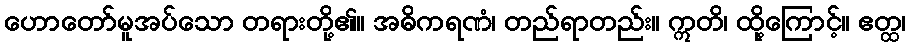
ဟောတော်မူအပ်သော တရားတို့၏။ အဓိကရဏံ၊ တည်ရာတည်း။ ဣတိ၊ ထို့ကြောင့်။ ဧတ္ထ၊